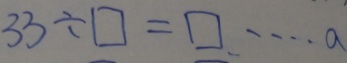
3 3 \div \square = \square \cdots a